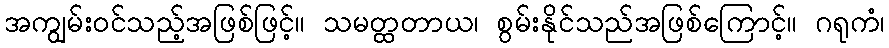
အကျွမ်းဝင်သည့်အဖြစ်ဖြင့်။ သမတ္ထတာယ၊ စွမ်းနိုင်သည်အဖြစ်ကြောင့်။ ဂရုကံ၊